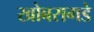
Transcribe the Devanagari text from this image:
खोबरागडे